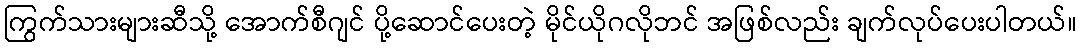
ကြွက်သားများဆီသို့ အောက်စီဂျင် ပို့ဆောင်ပေးတဲ့ မိုင်ယိုဂလိုဘင် အဖြစ်လည်း ချက်လုပ်ပေးပါတယ်။